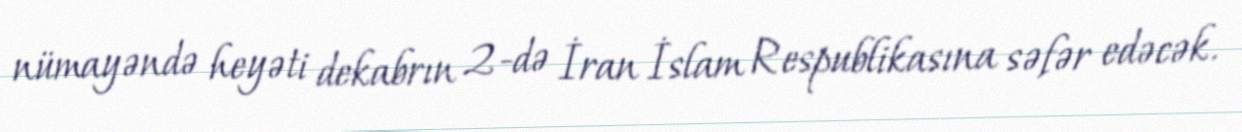
nümayəndə heyəti dekabrın 2-də İran İslam Respublikasına səfər edəcək.